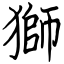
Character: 獅